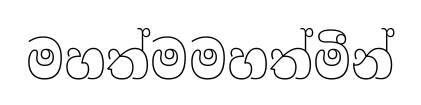
මහත්මමහත්මීන්